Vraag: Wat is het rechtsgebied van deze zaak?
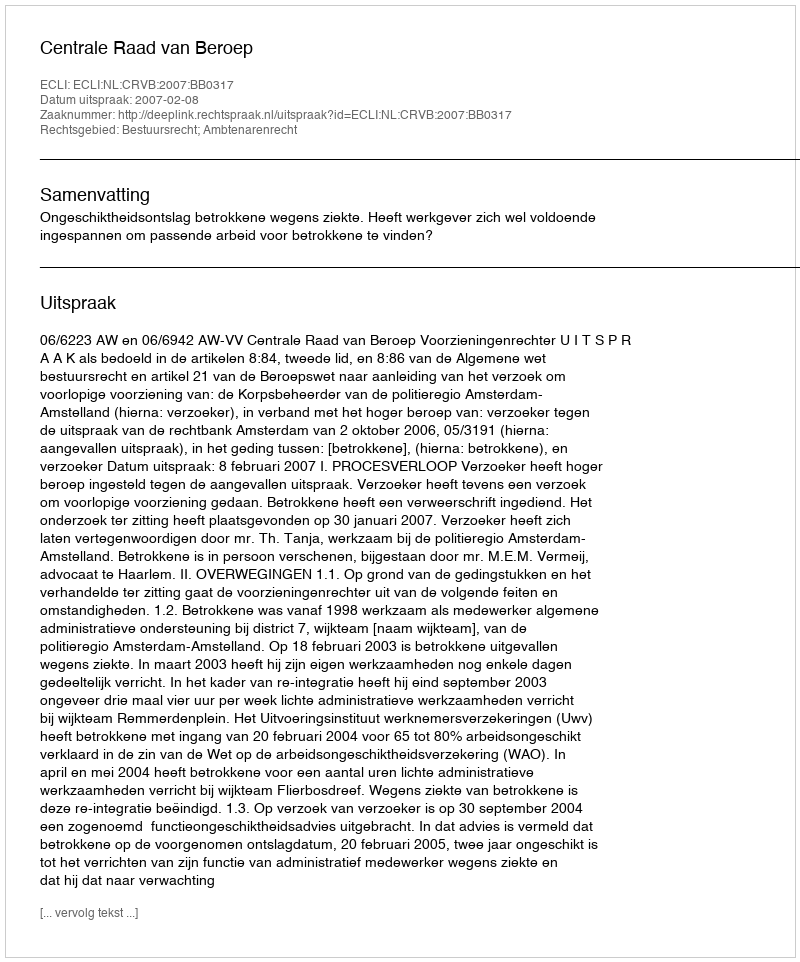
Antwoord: Bestuursrecht; Ambtenarenrecht